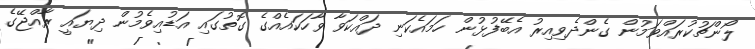
ލޯންޗުކުރައްވަމުން ގެންދެވިއިރު އެބޭފުޅުން ހަމައެކަނި ދައްކަވާ ވާހަކައެއްގެ ގޮތުގައި އަޑުއިވެމުން ދިޔައީ ރާއްޖޭގެ